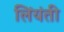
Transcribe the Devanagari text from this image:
लिंयंती